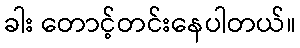
ခါး တောင့်တင်းနေပါတယ်။